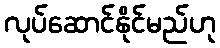
လုပ်ဆောင်နိုင်မည်ဟု